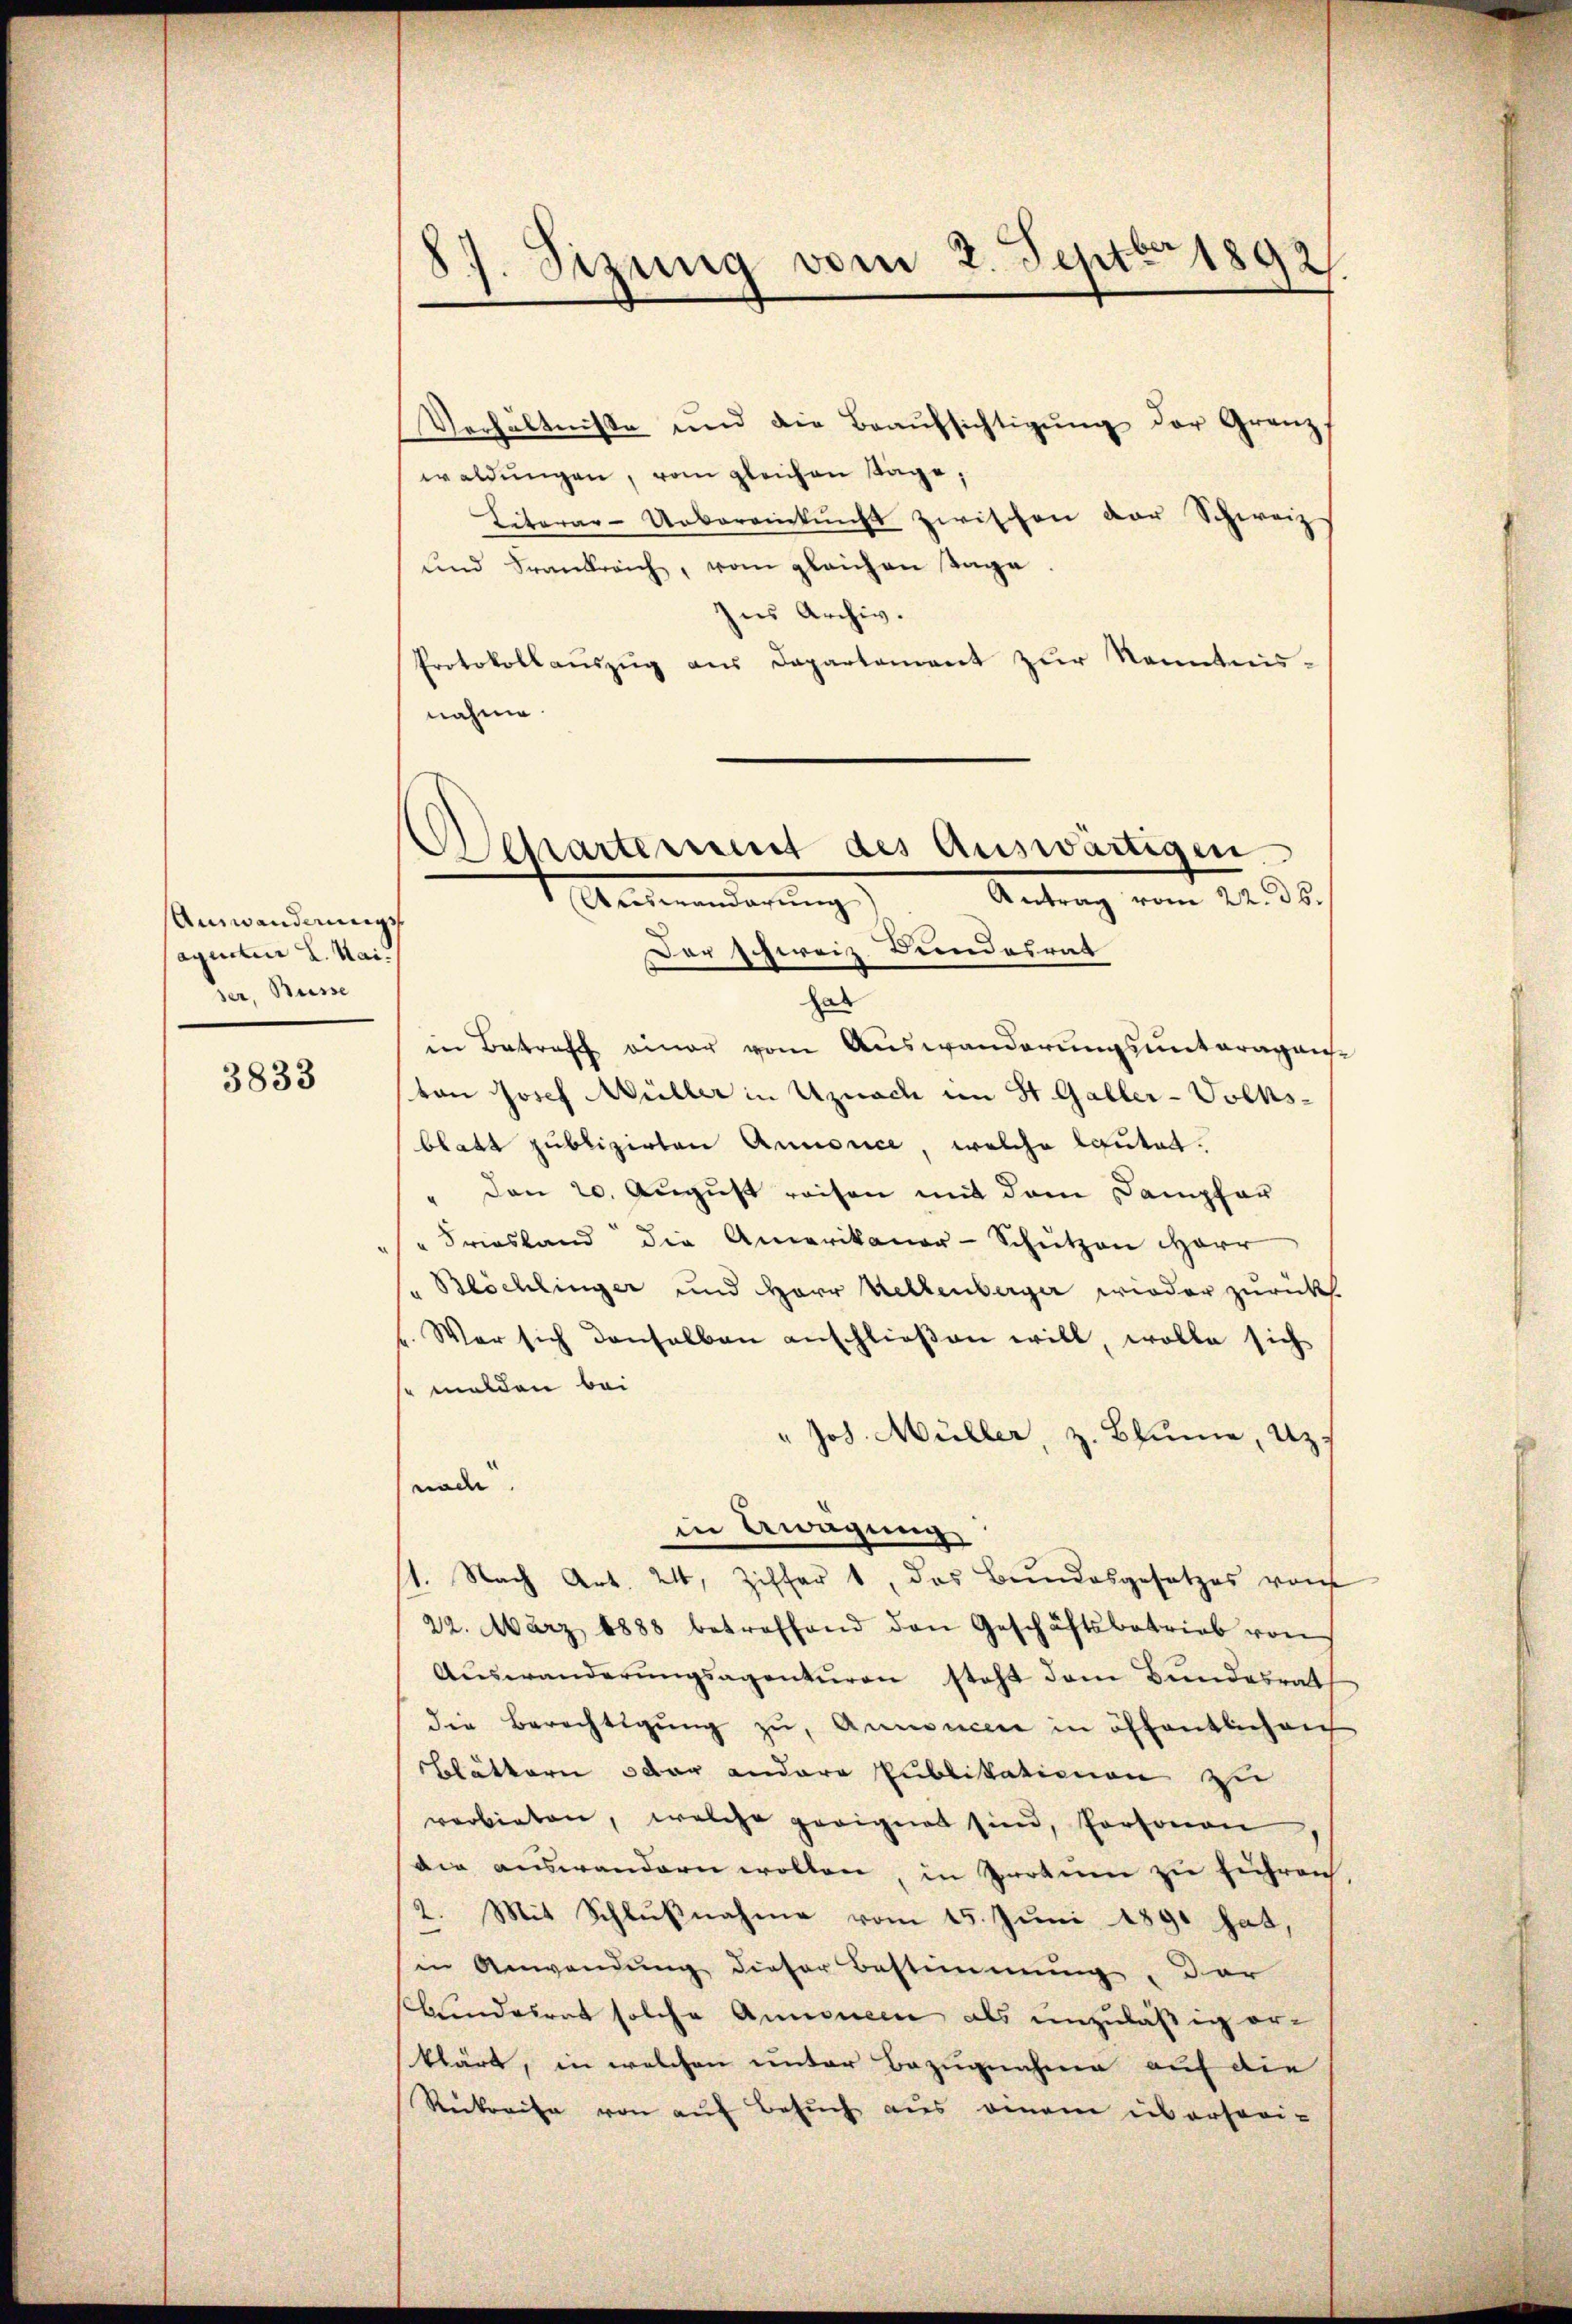
Auswanderungs
aqueter L. Mai.
ser, Busse

3833

89. Sizung vom 2. Septer 1892

Verhältnisse und die Beaŭfsichtigŭng der Granz
waldŭngen, vom gleichen sage,
Literar-Uebereinkunft zwischen der Schweiz
und Frankreich, vom gleichen Tage
hus Archiv.
Protokollauszug aus Departement zur Kenntnis-
nahme.
Der schweiz. Bundesrat
hab
in Betreff einer vom Auswanderungsunteragen-
ton Josef Müller in Uznach im St. Galler-Volks-
blatt publizirten Annonice, welche lautet.
" Den 20. August reisen mit dem Dampfer
" Friesland die Amerikaner-Schützen Herr
" Blöchlinger und Herr Kettenberger wieder zurück
(. War sich denselben anschließen will, wolle sich
so melden bei
" Joh. Müller, z. Blume, Uz.
nade
in Erwägung
1. Nach Art. 24, Ziffer 1, das Bundesgesetzes von
22. März 1888 betreffend den Geschäftsbetrieb von
Aŭswanderŭngsagentŭren steht dem Bŭndesrat
die Berechtigŭng zŭ, Annoncen in öffentlichen
Blättern oder andere Publikationen zu
verbieten, welche geeignet sie, Personen
die auswandern wollen, in Irrtum zu führen
2. Mit Schlußnahme vom 15. Juni 1891 hat,
in Anwendung dieser Bestimmung, der
Kindesrat solche Annonec als unzuläßig erklärt, in welchen unter Bezugnahme auf die
Reckreise von auf Besuch aus einem übersori¬

epartement des Auswärtigen.
Antrag vom 24. ds.
Auswanderung